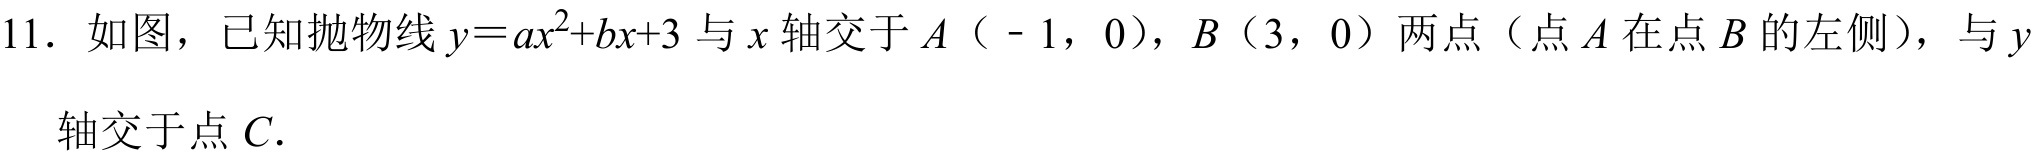
11. 如图，已知抛物线\(y = ax^{2}+bx + 3\)与\(x\)轴交于\(A\)（\(-1\)，\(0\)），\(B\)（\(3\)，\(0\)）两点（点\(A\)在点\(B\)的左侧），与\(y\)轴交于点\(C\).